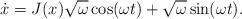
LaTeX: \begin{align*}\dot x=J(x)\sqrt\omega\cos(\omega t)+\sqrt\omega\sin(\omega t).\end{align*}